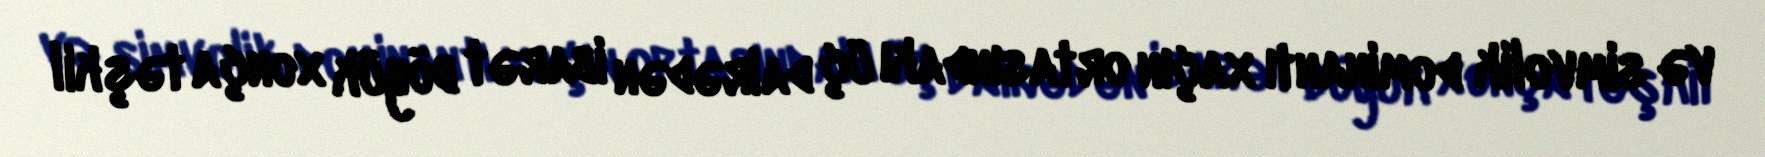
və simvolik dominantı xaçın ortasındakı üç dairədən ibarət böyük xonça təşkil